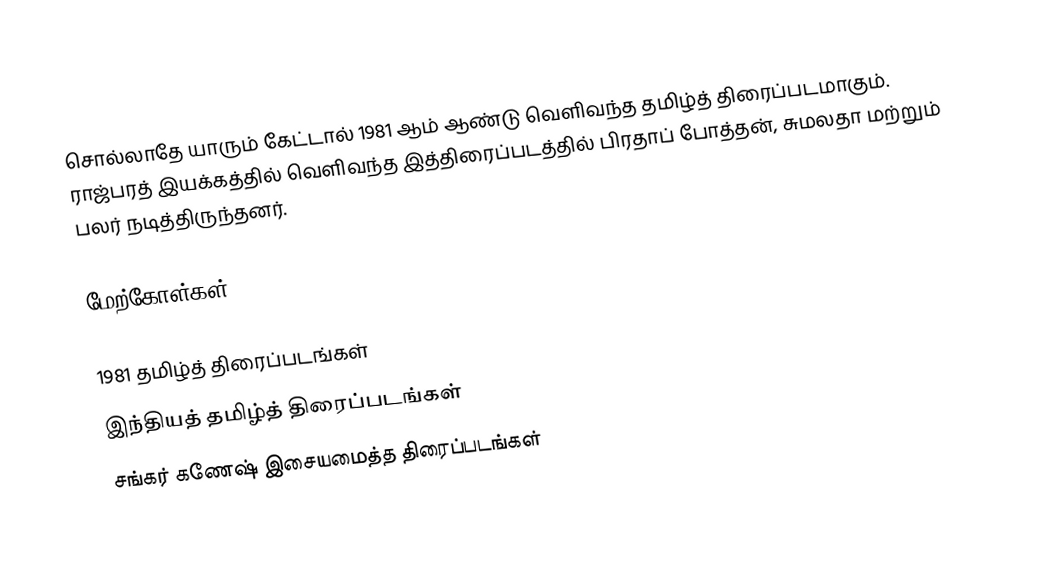
சொல்லாதே யாரும் கேட்டால் 1981 ஆம் ஆண்டு வெளிவந்த தமிழ்த் திரைப்படமாகும். ராஜ்பரத் இயக்கத்தில் வெளிவந்த இத்திரைப்படத்தில் பிரதாப் போத்தன், சுமலதா மற்றும் பலர் நடித்திருந்தனர்.

மேற்கோள்கள்

1981 தமிழ்த் திரைப்படங்கள்
இந்தியத் தமிழ்த் திரைப்படங்கள்
சங்கர் கணேஷ் இசையமைத்த திரைப்படங்கள்